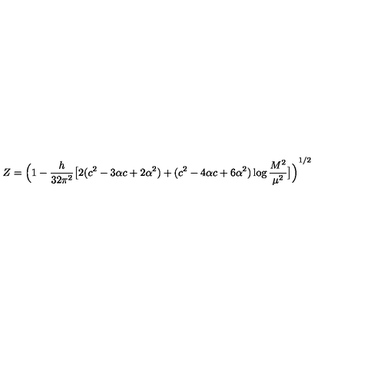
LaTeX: Z = { \Big ( 1 - \frac { h } { 3 2 \pi ^ { 2 } } \big [ 2 ( c ^ { 2 } - 3 \alpha c + 2 \alpha ^ { 2 } ) + ( c ^ { 2 } - 4 \alpha c + 6 \alpha ^ { 2 } ) \log \frac { M ^ { 2 } } { \mu ^ { 2 } } \big ] \Big ) } ^ { 1 / 2 }